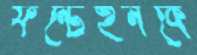
ফন্টেইনকে